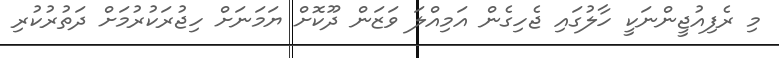
މި ރެފިއުޖީންނަކީ ހާލުގައި ޖެހިގެން އަމިއްލަ ވަޒަން ދޫކޮށް ޔަމަނަށް ހިޖުރަކުރުމަަށް ދަތުރުކުރި